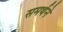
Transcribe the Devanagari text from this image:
समर्थने